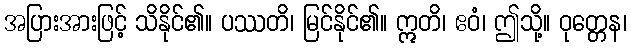
အပြားအားဖြင့် သိနိုင်၏။ ပဿတိ၊ မြင်နိုင်၏။ ဣတိ၊ ဧဝံ၊ ဤသို့။ ဝုတ္တေန၊